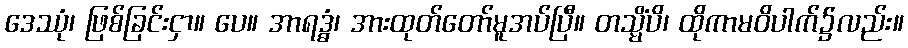
ဒေဿုံ၊ ဖြစ်ခြင်းငှာ။ ပေ။ အာရဒ္ဓံ၊ အားထုတ်တော်မူအပ်ပြီ။ တသ္မိံပိ၊ ထိုကာမဝိပါက်၌လည်း။